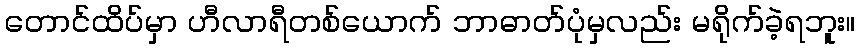
တောင်ထိပ်မှာ ဟီလာရီတစ်ယောက် ဘာဓာတ်ပုံမှလည်း မရိုက်ခဲ့ရဘူး။